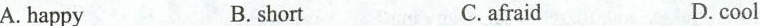
A.happy B.short C.afraid D.cool